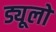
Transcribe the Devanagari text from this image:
ड्यूलों